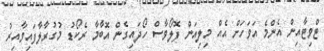
ޓްވިޓާއިން އެންމެ އަވަހަށް އެއް މިލިއަން ފޮލޯވާސް ހޯދައިގެން އޮބާމާ ރެކޯޑު މުގުރާލާފައިވާއިރު